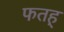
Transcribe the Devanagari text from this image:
फतह्